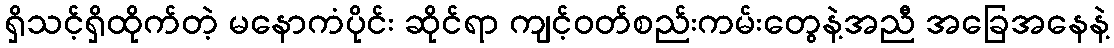
ရှိသင့်ရှိထိုက်တဲ့ မနောကံပိုင်း ဆိုင်ရာ ကျင့်ဝတ်စည်းကမ်းတွေနဲ့အညီ အခြေအနေနဲ့